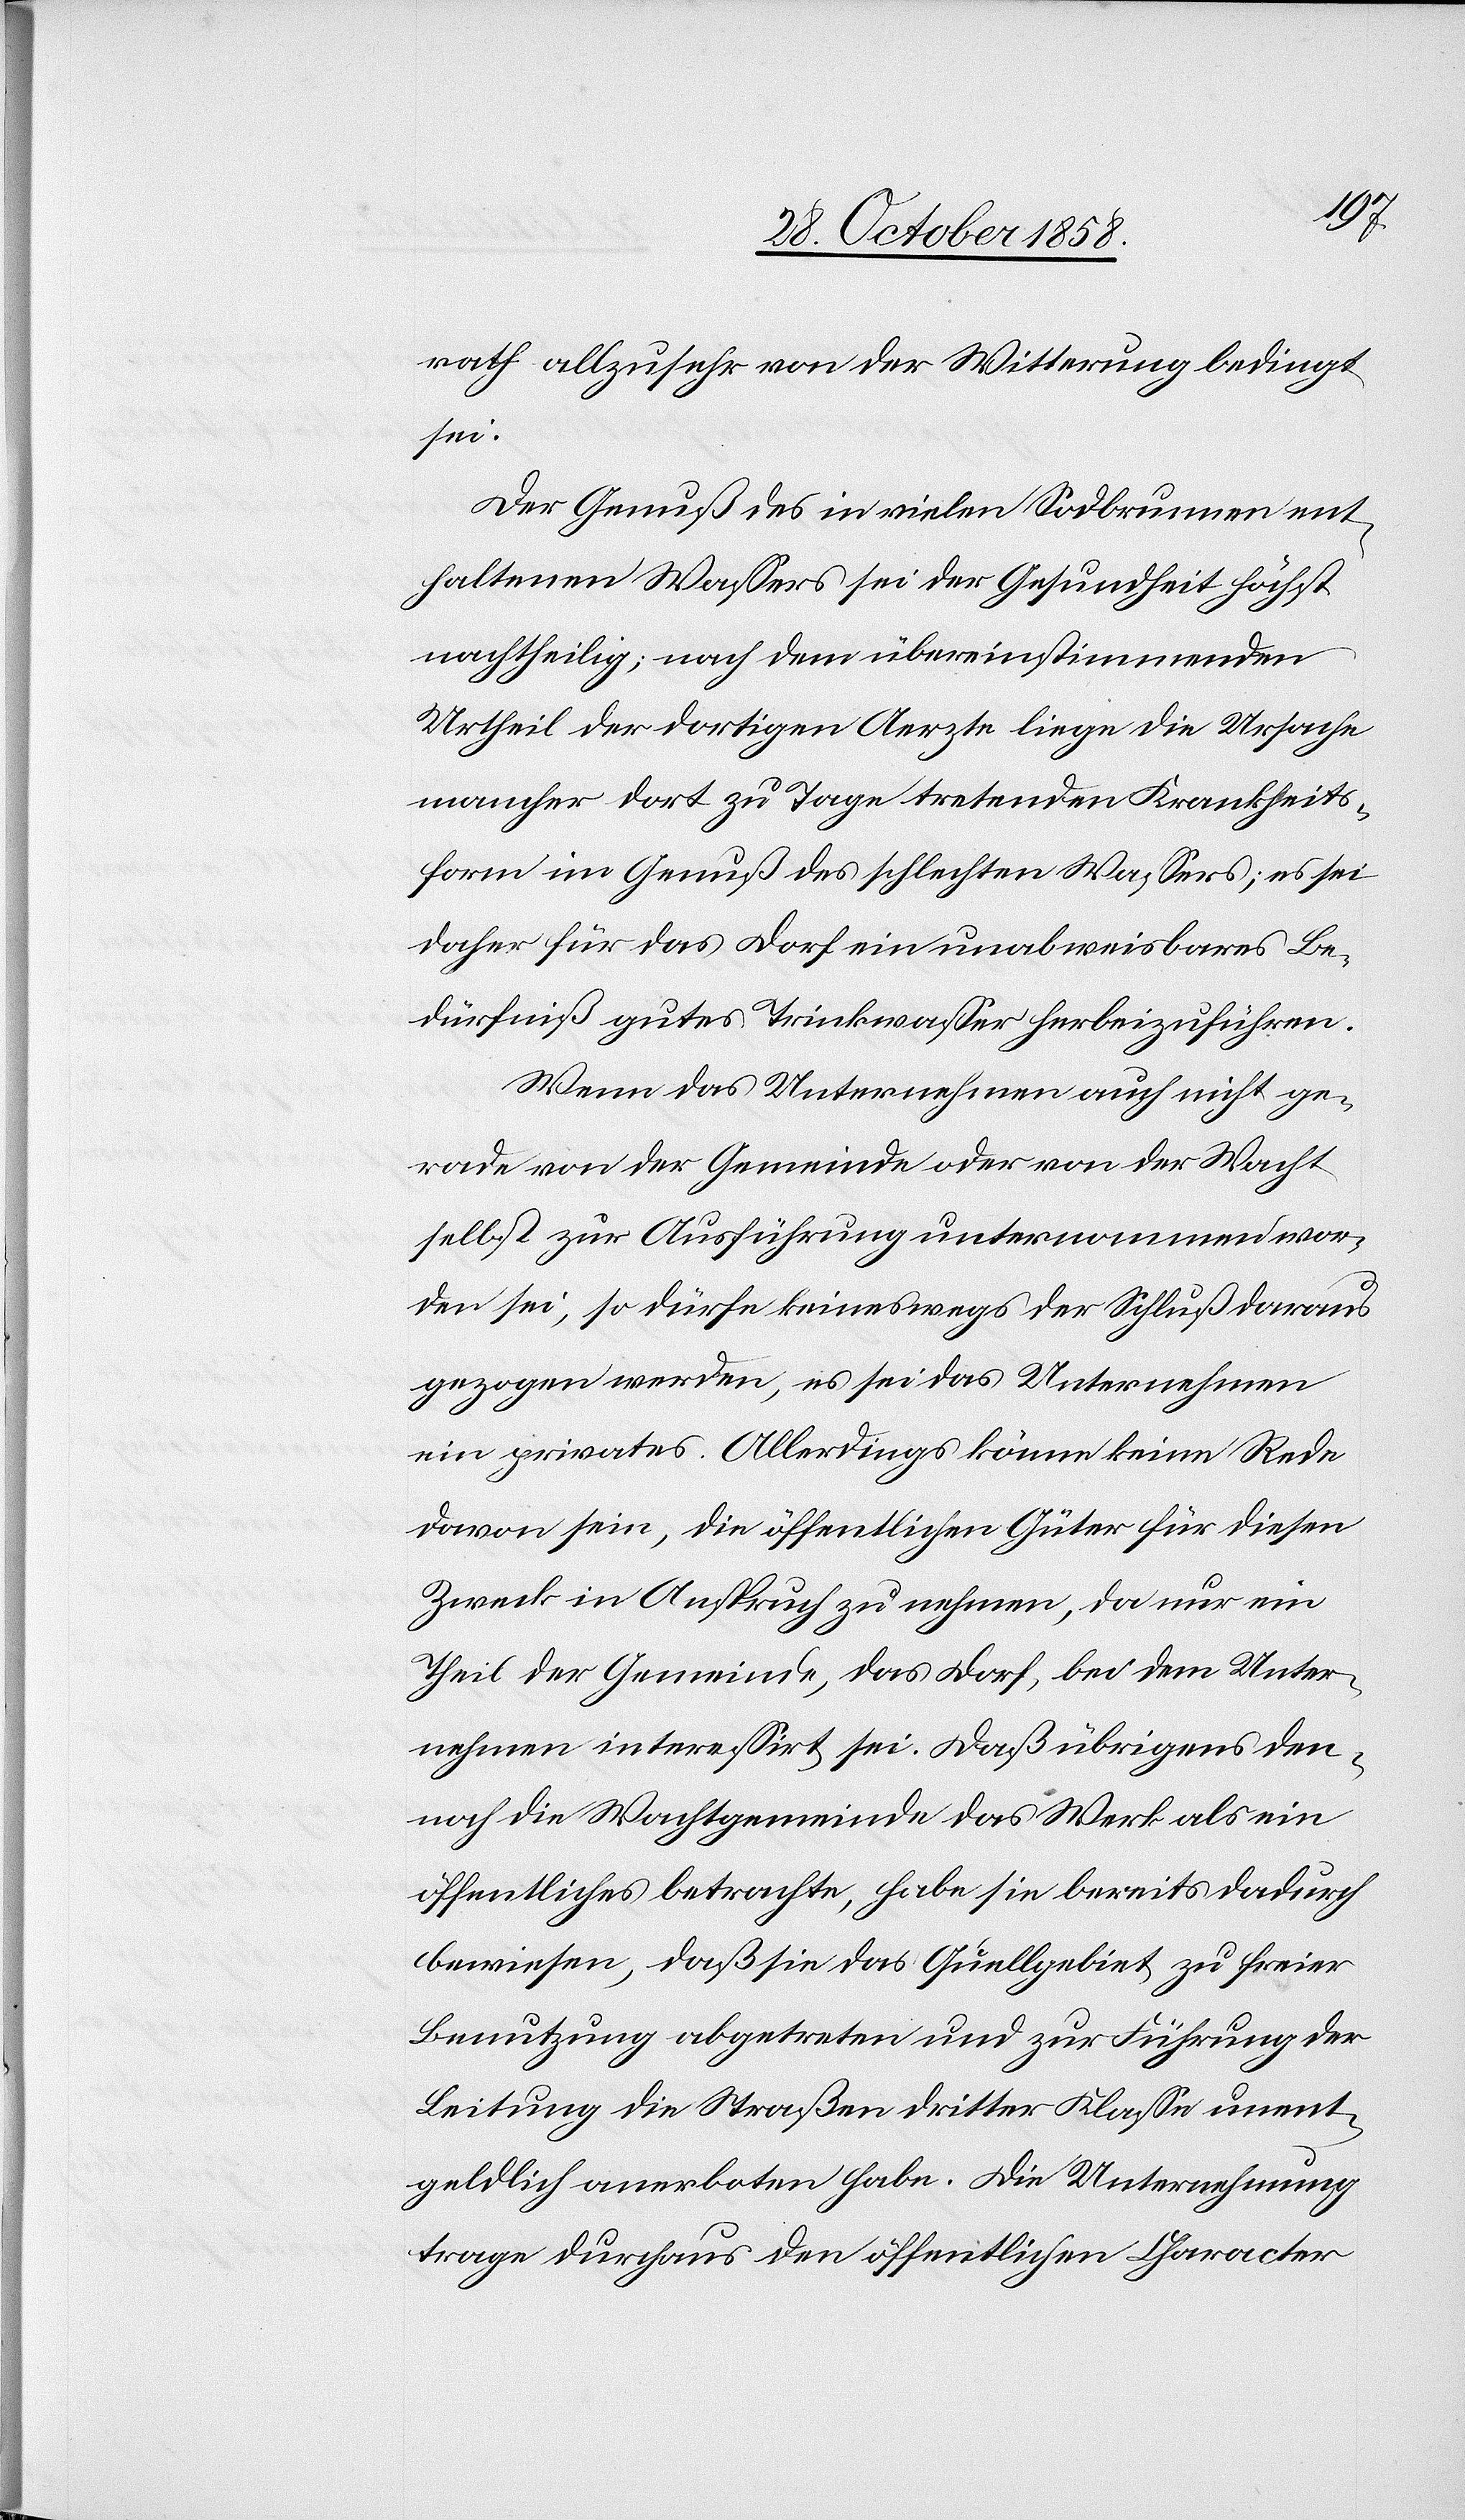
rath allzusehr von der Witterung bedingt
sei.
Der Genuß des in vielen Sodbrunnen ent¬
haltenen Wassers sei der Gesundheit höchst
nachtheilig; nach dem übereinstimmenden
Urtheil der dortigen Aerzte liege die Ursache
mancher dort zu Tage tretenden Krankheits¬
form im Genuß des schlechten Wassers; es sei
daher für das Dorf ein unabweisbares Be¬
dürfniß gutes Trinkwasser herbeizuführen.
Wenn das Unternehmen auch nicht ge¬
rade von der Gemeinde oder von der Wacht
selbst zur Ausführung unternommen wor¬
den sei, so dürfe keineswegs der Schluß daraus
gezogen werden, es sei das Unternehmen
ein privates. Allerdings könne keine Rede
davon sein, die öffentlichen Güter für diesen
Zweck in Anspruch zu nehmen, da nur ein
Theil der Gemeinde, das Dorf, bei dem Unter¬
nehmen interessirt sei. Daß übrigens den¬
noch die Wachtgemeinde das Werk als ein
öffentliches betrachte, habe sie bereits dadurch
bewiesen, daß sie das Quellgebiet zu freier
Benutzung abgetreten und zur Führung der
Leitung die Straßen dritter Klasse unent¬
geldlich anerboten habe. Die Unternehmung
trage durchaus den öffentlichen Character